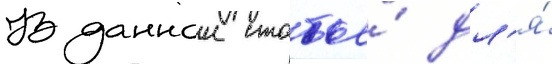
В даннои статье́ дл'я́